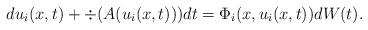
LaTeX: \begin{align*}du_i(x,t)+\div(A(u_i(x,t)))dt=\Phi_i(x,u_i(x,t))dW(t).\end{align*}